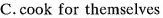
C.cook for themselves